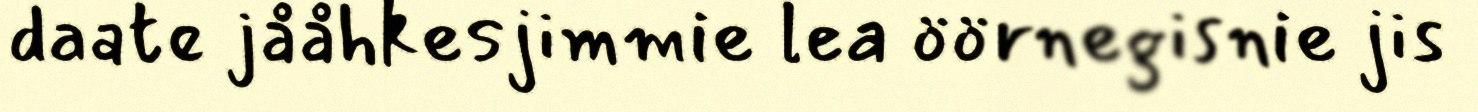
daate jååhkesjimmie lea öörnegisnie jis